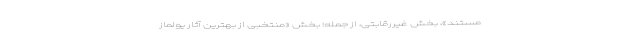
مستند»، بخش غیررقابتی، از جمله؛ بخش «منتخبی از بهترین آثار يولماز